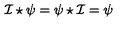
{ \cal I } \star \psi = \psi \star { \cal I } = \psi